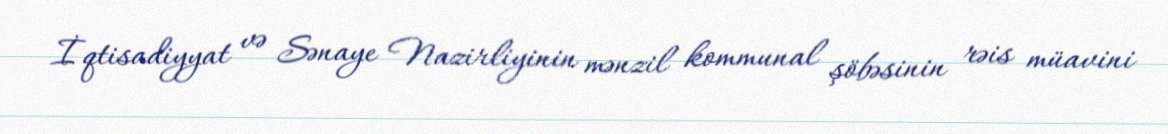
İqtisadiyyat və Sənaye Nazirliyinin mənzil kommunal şöbəsinin rəis müavini